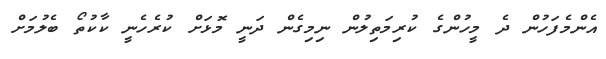
އެންމެފަހުން ދެ މީހުންގެ ކުރިމަތިލުން ނިމިގެން ދަނީ މޮޅަށް ކުރެހެނީ ކާކުތޯ ބެލުމަށް